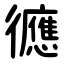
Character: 㣹